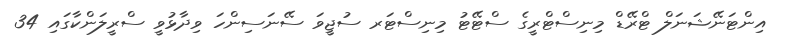
އިންޓަނޭޝަނަލް ޓްރޭޑް މިނިސްޓްރީގެ ސްޓޭޓު މިނިސްޓަރ ސުޖީވަ ސޭނަސިންހަ ވިދާޅުވީ ސްރީލަންކާގައި 34